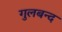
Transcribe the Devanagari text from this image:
गुलबन्द